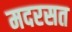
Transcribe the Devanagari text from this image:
मदरसत